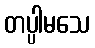
တပ္ပါမသေ